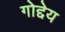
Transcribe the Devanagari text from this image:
गोद्देय